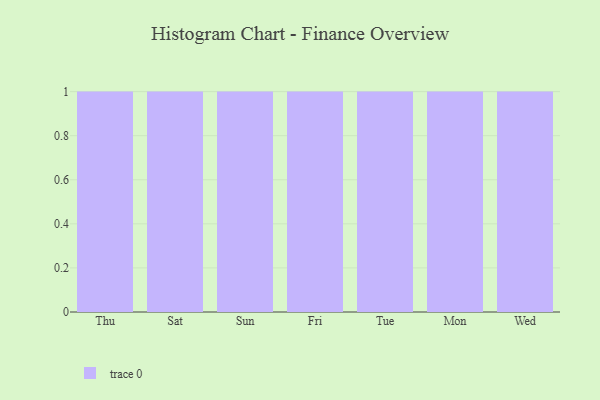
{"axis": {"x": "Day", "y": "Shipments"}, "legend": [""], "data": [{"x": "Thu", "y": 81, "type": ""}, {"x": "Sat", "y": 56, "type": ""}, {"x": "Sun", "y": 55, "type": ""}, {"x": "Fri", "y": 42, "type": ""}, {"x": "Tue", "y": 24, "type": ""}, {"x": "Mon", "y": 85, "type": ""}, {"x": "Wed", "y": 24, "type": ""}]}